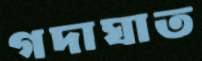
গদাঘাত